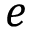
e